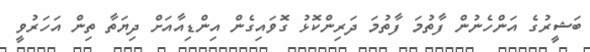
ބަޝީރުގެ އަންހެނުން ފާތުމަ ފާތުމަ ދަރިންކޮޅު ގޮވައިގެން އިންޑިއާއަށް ދިޔަތާ ތިން އަހަރުވީ